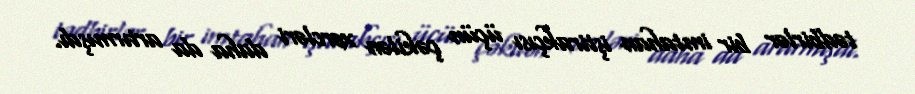
tədbirlər bir imtahan iştirakçısı üçün çəkilən xərcləri daha da artırmışdı.